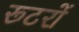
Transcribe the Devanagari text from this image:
रूटरों